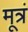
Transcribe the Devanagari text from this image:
मूत्रं